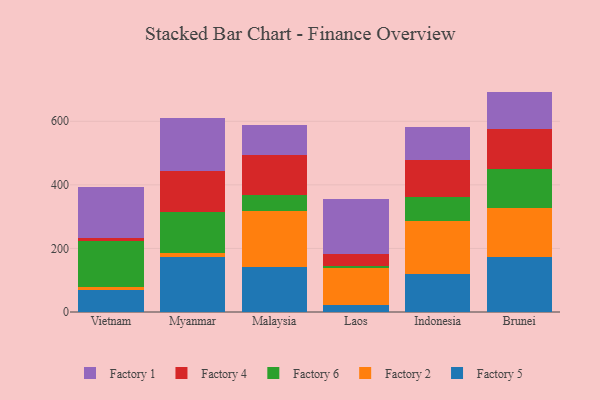
{"axis": {"x": "Country", "y": "Bounce Rate (%)"}, "legend": ["Factory 1", "Factory 2", "Factory 4", "Factory 5", "Factory 6"], "data": [{"x": "Vietnam", "y": 68.1, "type": "Factory 5"}, {"x": "Vietnam", "y": 10.9, "type": "Factory 2"}, {"x": "Vietnam", "y": 145.0, "type": "Factory 6"}, {"x": "Vietnam", "y": 8.4, "type": "Factory 4"}, {"x": "Vietnam", "y": 160.1, "type": "Factory 1"}, {"x": "Myanmar", "y": 172.3, "type": "Factory 5"}, {"x": "Myanmar", "y": 12.0, "type": "Factory 2"}, {"x": "Myanmar", "y": 130.3, "type": "Factory 6"}, {"x": "Myanmar", "y": 129.0, "type": "Factory 4"}, {"x": "Myanmar", "y": 165.7, "type": "Factory 1"}, {"x": "Malaysia", "y": 141.1, "type": "Factory 5"}, {"x": "Malaysia", "y": 178.2, "type": "Factory 2"}, {"x": "Malaysia", "y": 48.2, "type": "Factory 6"}, {"x": "Malaysia", "y": 126.7, "type": "Factory 4"}, {"x": "Malaysia", "y": 94.7, "type": "Factory 1"}, {"x": "Laos", "y": 21.8, "type": "Factory 5"}, {"x": "Laos", "y": 115.2, "type": "Factory 2"}, {"x": "Laos", "y": 7.4, "type": "Factory 6"}, {"x": "Laos", "y": 38.9, "type": "Factory 4"}, {"x": "Laos", "y": 173.4, "type": "Factory 1"}, {"x": "Indonesia", "y": 119.8, "type": "Factory 5"}, {"x": "Indonesia", "y": 168.0, "type": "Factory 2"}, {"x": "Indonesia", "y": 73.6, "type": "Factory 6"}, {"x": "Indonesia", "y": 115.9, "type": "Factory 4"}, {"x": "Indonesia", "y": 105.8, "type": "Factory 1"}, {"x": "Brunei", "y": 172.1, "type": "Factory 5"}, {"x": "Brunei", "y": 154.4, "type": "Factory 2"}, {"x": "Brunei", "y": 122.8, "type": "Factory 6"}, {"x": "Brunei", "y": 127.8, "type": "Factory 4"}, {"x": "Brunei", "y": 116.3, "type": "Factory 1"}]}